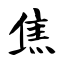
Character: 焦